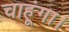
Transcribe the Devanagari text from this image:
चाहूंगा।